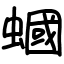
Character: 蟈